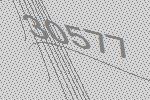
30577